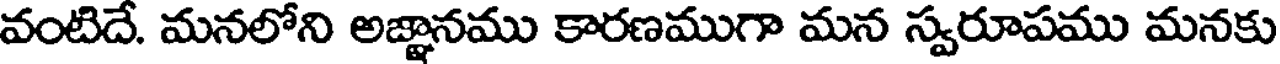
వంటిదే. మనలోని అజ్ఞానము కారణముగా మన స్వరూపము మనకు